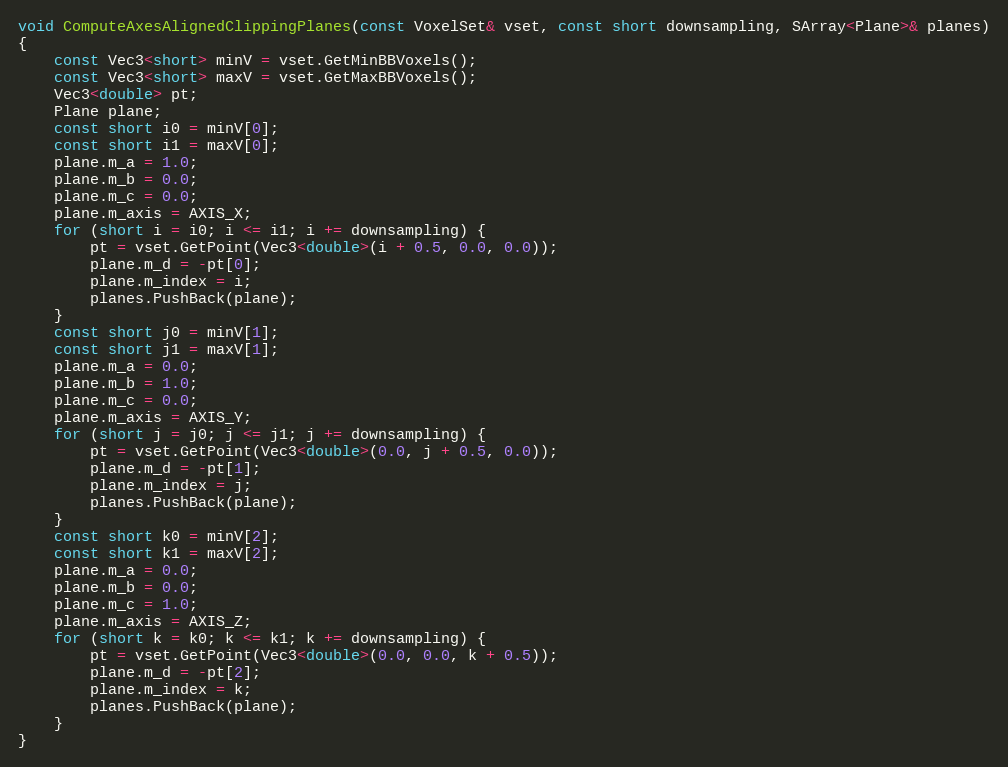
Language: C++
void ComputeAxesAlignedClippingPlanes(const VoxelSet& vset, const short downsampling, SArray<Plane>& planes)
{
    const Vec3<short> minV = vset.GetMinBBVoxels();
    const Vec3<short> maxV = vset.GetMaxBBVoxels();
    Vec3<double> pt;
    Plane plane;
    const short i0 = minV[0];
    const short i1 = maxV[0];
    plane.m_a = 1.0;
    plane.m_b = 0.0;
    plane.m_c = 0.0;
    plane.m_axis = AXIS_X;
    for (short i = i0; i <= i1; i += downsampling) {
        pt = vset.GetPoint(Vec3<double>(i + 0.5, 0.0, 0.0));
        plane.m_d = -pt[0];
        plane.m_index = i;
        planes.PushBack(plane);
    }
    const short j0 = minV[1];
    const short j1 = maxV[1];
    plane.m_a = 0.0;
    plane.m_b = 1.0;
    plane.m_c = 0.0;
    plane.m_axis = AXIS_Y;
    for (short j = j0; j <= j1; j += downsampling) {
        pt = vset.GetPoint(Vec3<double>(0.0, j + 0.5, 0.0));
        plane.m_d = -pt[1];
        plane.m_index = j;
        planes.PushBack(plane);
    }
    const short k0 = minV[2];
    const short k1 = maxV[2];
    plane.m_a = 0.0;
    plane.m_b = 0.0;
    plane.m_c = 1.0;
    plane.m_axis = AXIS_Z;
    for (short k = k0; k <= k1; k += downsampling) {
        pt = vset.GetPoint(Vec3<double>(0.0, 0.0, k + 0.5));
        plane.m_d = -pt[2];
        plane.m_index = k;
        planes.PushBack(plane);
    }
}